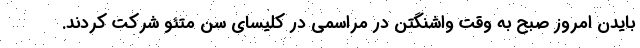
بایدن امروز صبح به وقت واشنگتن در مراسمی در کلیسای سن متئو شرکت کردند.